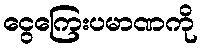
ငွေကြေးပမာဏကို